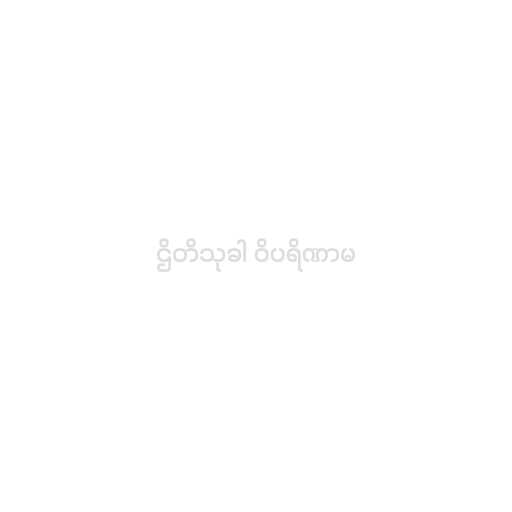
ဌိတိသုခါ ဝိပရိဏာမ